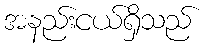
အနည်းငယ်ရှိသည်